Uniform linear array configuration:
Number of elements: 12
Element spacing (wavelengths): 1
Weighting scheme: cosine
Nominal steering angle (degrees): -45
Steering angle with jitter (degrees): -46.349
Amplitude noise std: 0.05
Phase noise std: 0.05

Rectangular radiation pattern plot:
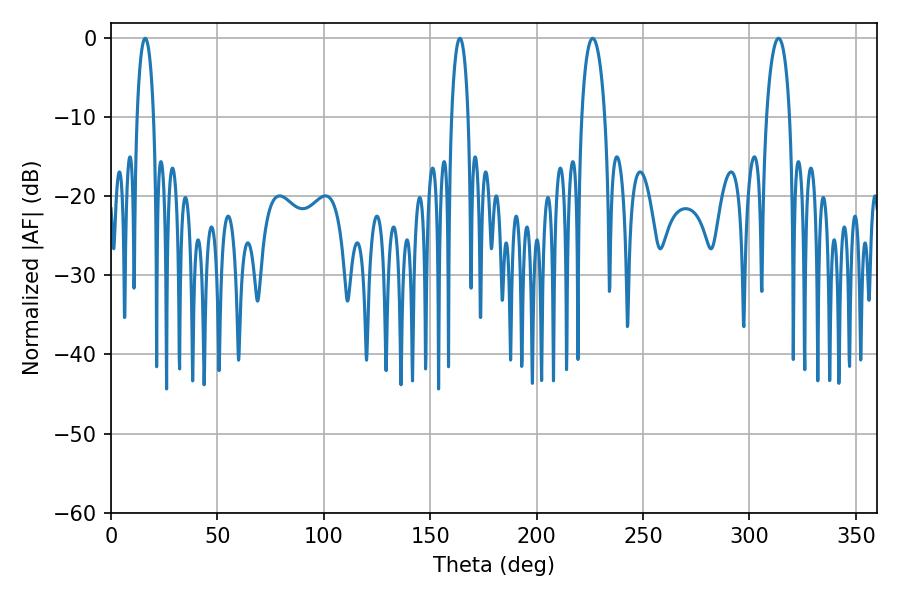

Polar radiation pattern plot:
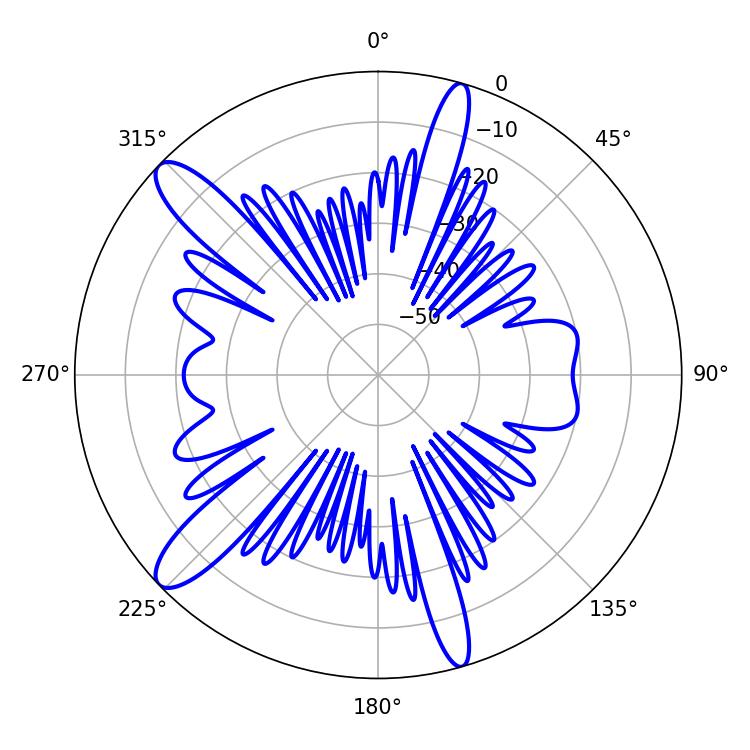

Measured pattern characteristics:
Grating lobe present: TRUE
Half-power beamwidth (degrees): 4.5
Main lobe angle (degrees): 16.02